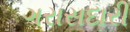
ગરાસદારી